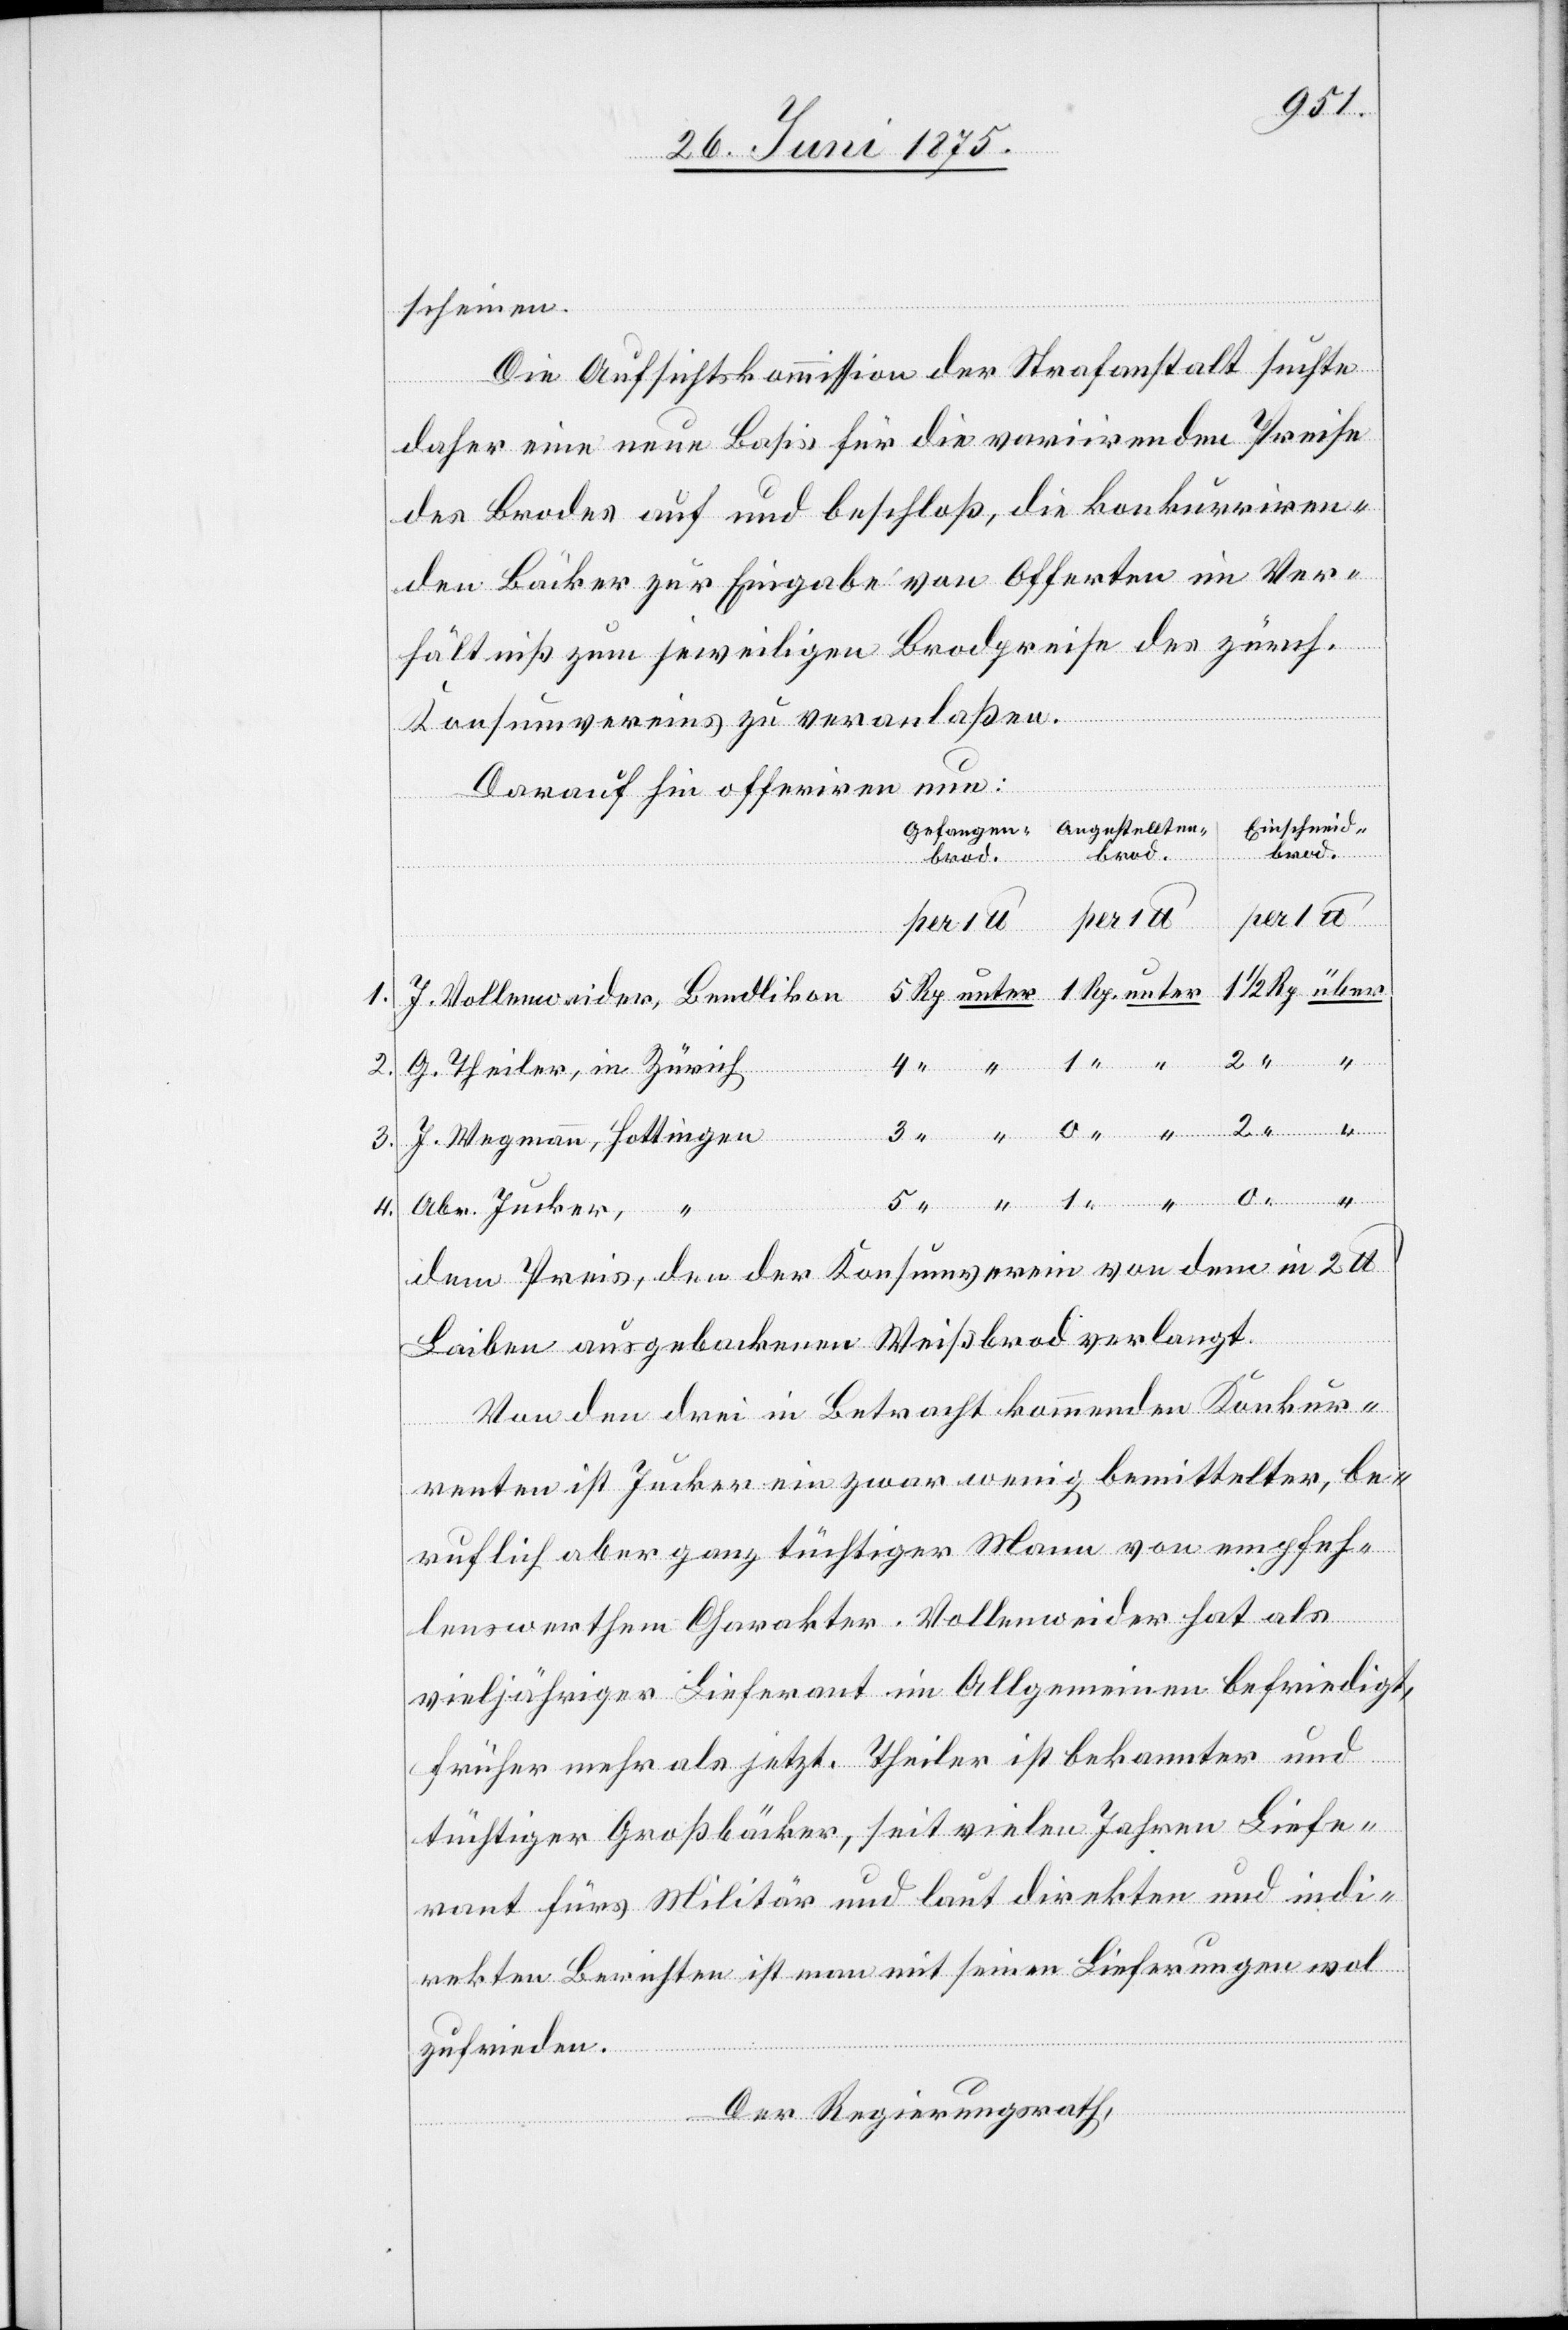
scheinen.
Die Aufsichtskommission der Strafanstalt suchte
daher eine neue Basis für die verwirrenden Preise
des Brodes auf und beschloß, die konkurriren¬
den Bäcker zur Eingabe von Offerten im Ver¬
hältniß zum jeweiligen Brodpreise des zürch.
Konsumvereins zu veranlaßen.
ren nun:
Einschneid¬
brod.
brod.
per 1 U
1.
2.
ein
Abr. Jucker
4
4.
Hottingen
dem Preis, den der Konsumverein von dem in 2 U
Laiben ausgebackenen Weißbrod verlangt.
Von den drei in Betracht kommenden Konkur¬
mann
renten ist Jucker ein zwar wenig bemittelter, be¬
ruflich aber ganz tüchtiger Mann von empfeh¬
lenswerthem Charakter. Vollenweider hat als
vieljähriger Lieferant im Allgemeinen befriedigt,
früher mehr als jetzt. Theiler ist bekannter und
tüchtiger Großbäcker, seit vielen Jahren Liefe¬
rant fürs Militär und laut direkten und indi¬
rekten Berichten ist man mit seinen Lieferungen wol
zufrieden.
Der Regierungsrath,
0